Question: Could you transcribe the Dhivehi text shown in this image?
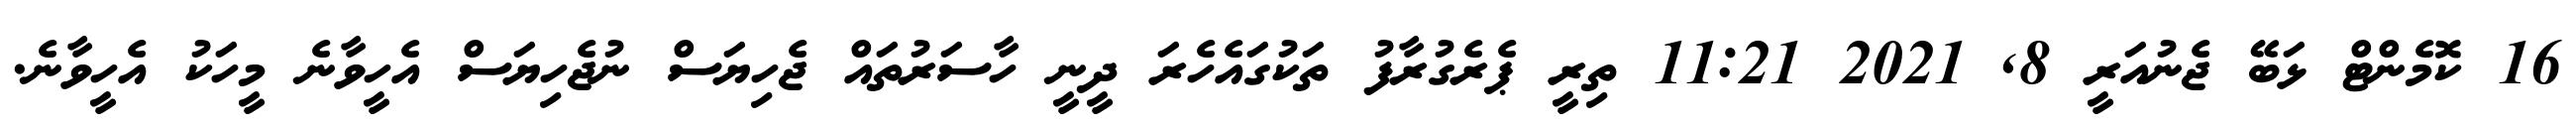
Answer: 16 ކޮމެންޓް ޅަބޭ ޖެނުއަރީ 8, 2021 11:21 ތިރީ ޕެރެގުރާފު ތަކުގައެހެރަ ދީނީ ހާސަރުތައް ޖެހިޔަސް ނުޖެހިޔަސް އެހީވާނެ މީހަކު އެހީވާނެ.